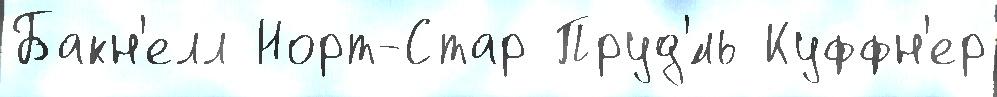
Бакн'елл Норт-Стар Пруд'́ль Куффн'ер